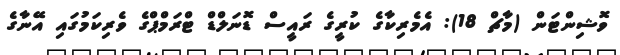
ވޮޝިންޓަން (މާޗް 18): އެމެރިކާގެ ކުރީގެ ރައީސް ޑޮނަލްޑް ޓްރަމްޕްގެ ވެރިކަމުގައި އޭނާގެ